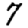
Digit: 7